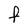
Character: f